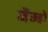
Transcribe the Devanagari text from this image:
मैम्बो